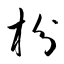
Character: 枌